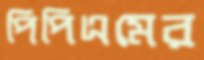
পিপিএমের